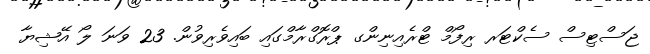
ޖަސްޓިސް ސެކްޓަރ ރިފޯމް ޓްރެއިނިންގ ޕްރޮގްރާމްގައި ބައިވެރިވުން. 23 ވަނަ ލޯ އޭޝިޔާ